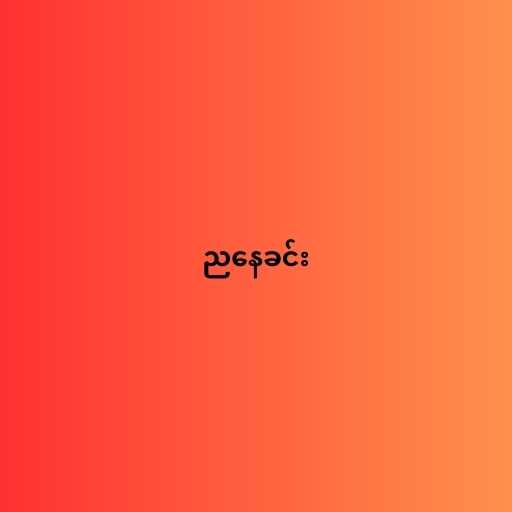
ညနေခင်း